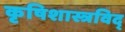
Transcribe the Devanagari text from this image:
कृषिशास्त्रविद्